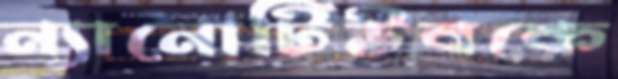
ন্যানোটিউবকে